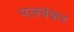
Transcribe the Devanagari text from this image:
पलवंकर